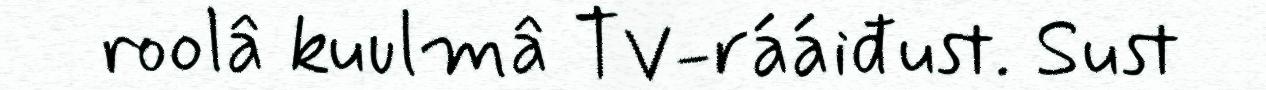
roolâ kuulmâ TV-rááiđust. Sust